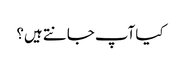
کیا آپ جانتے ہیں؟